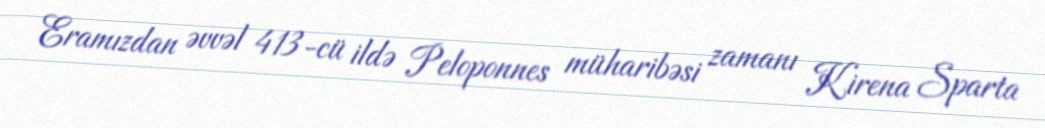
Eramızdan əvvəl 413-cü ildə Peloponnes müharibəsi zamanı Kirena Sparta